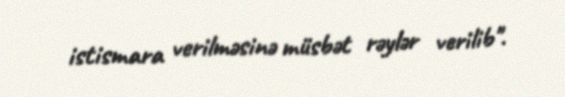
istismara verilməsinə müsbət rəylər verilib".